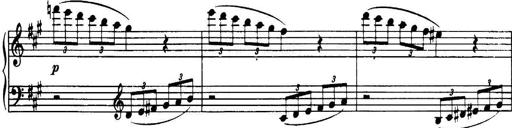
Title: 3 Sonatinas, Op.67
Composer: Jean Sibelius